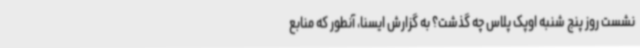
نشست روز پنج شنبه اوپک پلاس چه گذشت؟ به گزارش ایسنا، آنطور که منابع